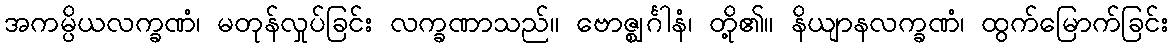
အကမ္ပိယလက္ခဏံ၊ မတုန်လှုပ်ခြင်း လက္ခဏာသည်။ ဗောဇ္ဈင်္ဂါနံ၊ တို့၏။ နိယျာနလက္ခဏံ၊ ထွက်မြောက်ခြင်း